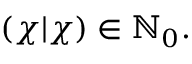
( \chi | \chi ) \in \mathbb { N } _ { 0 } .